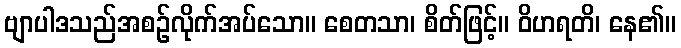
ဗျာပါဒသည်အစဉ်လိုက်အပ်သော။ စေတသာ၊ စိတ်ဖြင့်။ ဝိဟရတိ၊ နေ၏။